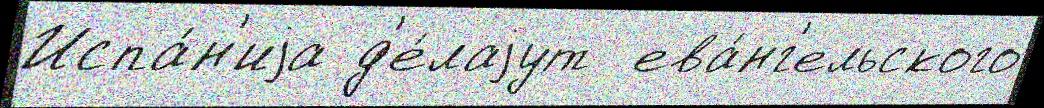
Испа́н'иjа д'е́лаjут  ева́нг'ельского